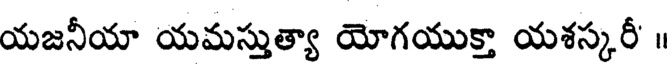
యజనీయా యమస్తుత్యా యోగయుక్తా యశస్కరీ' ॥